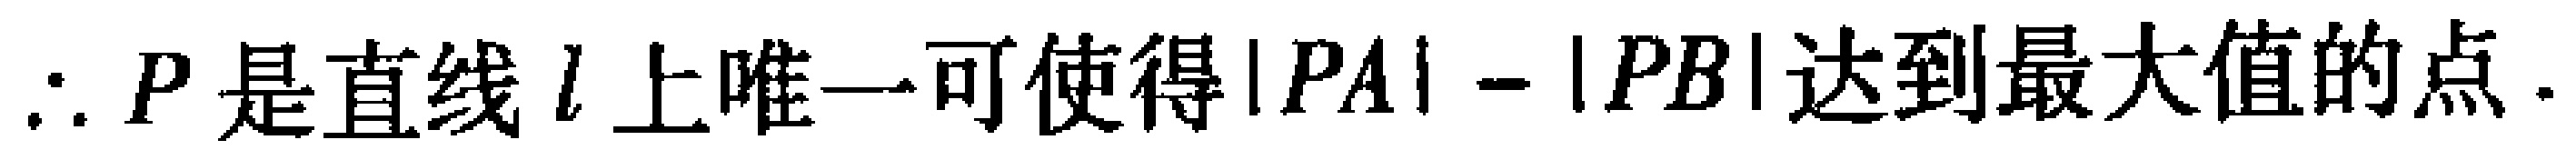
$\therefore P\text{ 是直线 }l\text{ 上唯一可使得} |PA|-|PB|\text{ 达到最大值的点}.$